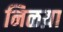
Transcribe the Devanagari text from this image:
निळय़ा